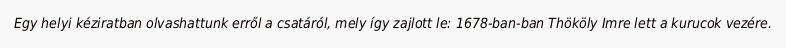
Egy helyi kéziratban olvashattunk erről a csatáról, mely így zajlott le: 1678-ban-ban Thököly Imre lett a kurucok vezére.